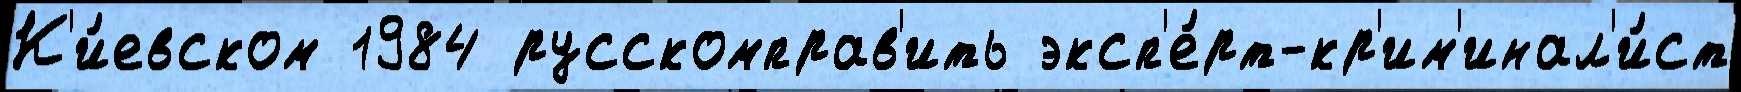
К'и́евском 1984 русскомправ'ить эксп'е́рт-кр'им'инал'и́ст